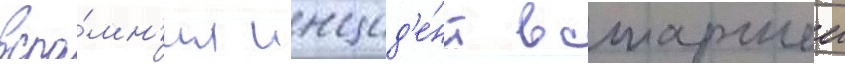
вспо́мн'ил инцид'е́нт в старшеи